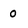
Character: 0